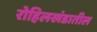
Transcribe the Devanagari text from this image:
रोहिलखंडातील